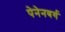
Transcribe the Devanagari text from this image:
पेनेनबर्ग